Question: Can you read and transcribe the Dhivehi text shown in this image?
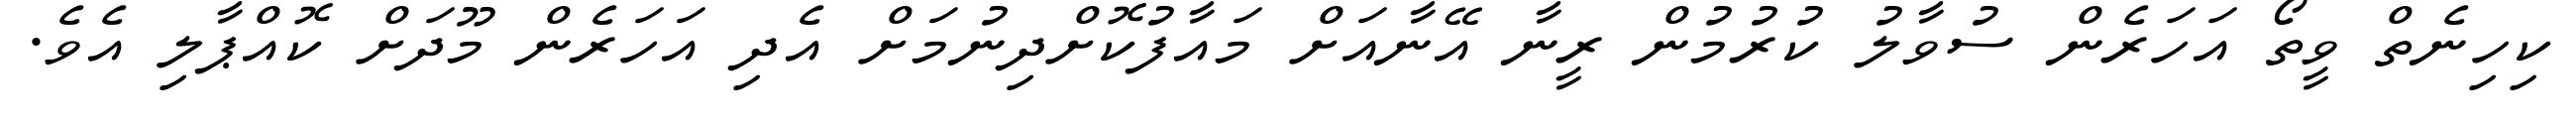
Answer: ކިހިނެތް ވީތޯ އަހަރެން ސުވާލު ކުރުމުން ރީނާ އޭނާއަށް މައާފުކޮށްދިނުމަށް އެދި އަހަރެން މޫދަށް ކޮއްޕާލި އެވެ.